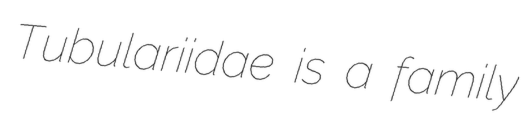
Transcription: Tubulariidae is a family